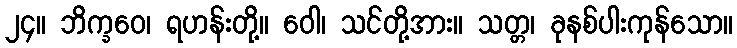
၂၄။ ဘိက္ခဝေ၊ ရဟန်းတို့။ ဝေါ၊ သင်တို့အား။ သတ္တ၊ ခုနစ်ပါးကုန်သော။